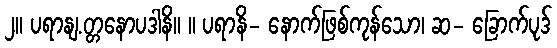
၂။ ပရာနျ.တ္တနောပဒါနိ။ ။ ပရာနိ- နောက်ဖြစ်ကုန်သော၊ ဆ- ခြောက်ပုဒ်